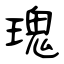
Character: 瑰